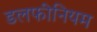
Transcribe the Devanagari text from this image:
डलफीनियम